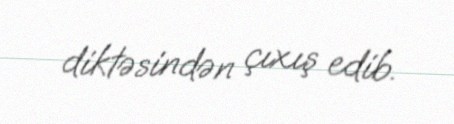
diktəsindən çıxış edib.